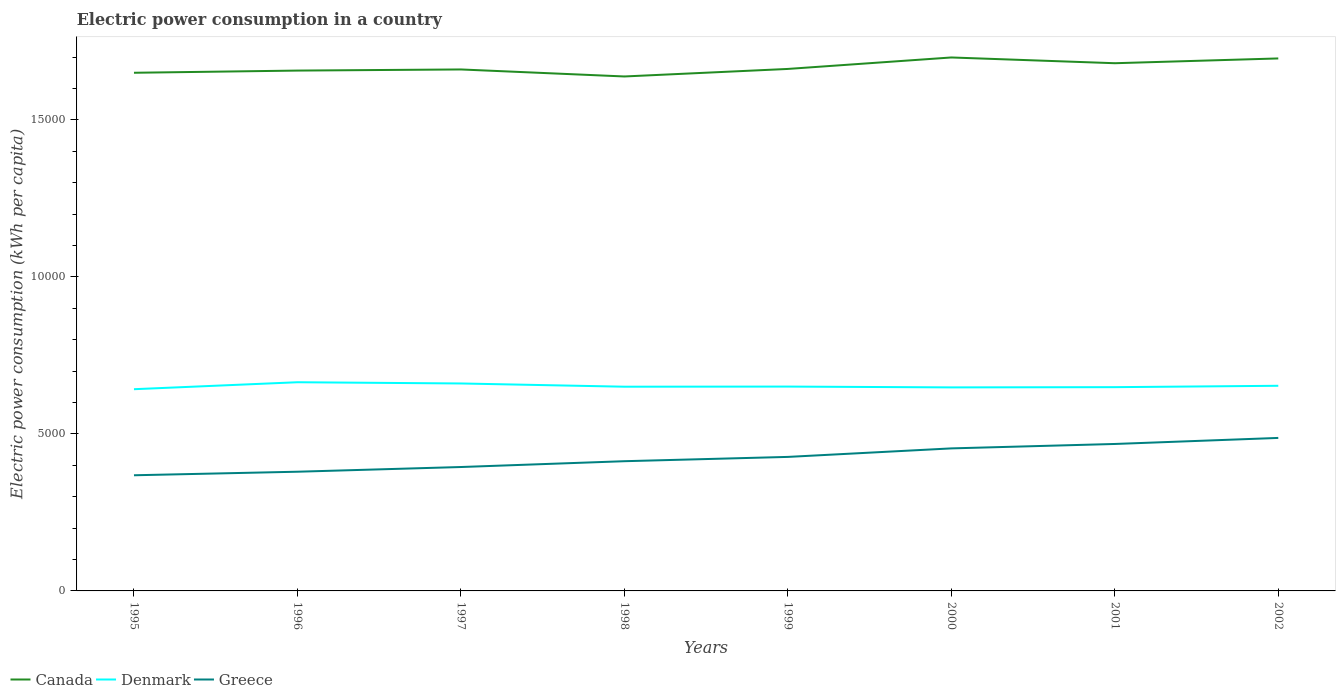
| Years | Canada | Denmark | Greece |
 | --- | --- | --- | --- |
 | 1995 | 1.65e+04 | 6.42e+03 | 3.68e+03 |
 | 1996 | 1.66e+04 | 6.65e+03 | 3.8e+03 |
 | 1997 | 1.66e+04 | 6.61e+03 | 3.95e+03 |
 | 1998 | 1.64e+04 | 6.5e+03 | 4.13e+03 |
 | 1999 | 1.66e+04 | 6.51e+03 | 4.27e+03 |
 | 2000 | 1.7e+04 | 6.48e+03 | 4.54e+03 |
 | 2001 | 1.68e+04 | 6.49e+03 | 4.68e+03 |
 | 2002 | 1.7e+04 | 6.53e+03 | 4.87e+03 |